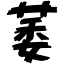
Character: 萎